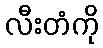
လီးတံကို